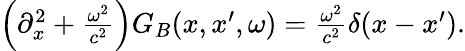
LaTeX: \begin{array}{r}{\left(\partial_{x}^{2}+\frac{\omega^{2}}{c^{2}}\right)G_{B}(x,x^{\prime},\omega)=\frac{\omega^{2}}{c^{2}}\delta(x-x^{\prime}).}\end{array}